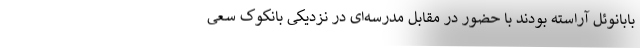
بابانوئل آراسته بودند با حضور در مقابل مدرسه‌ای در نزدیکی بانکوک سعی